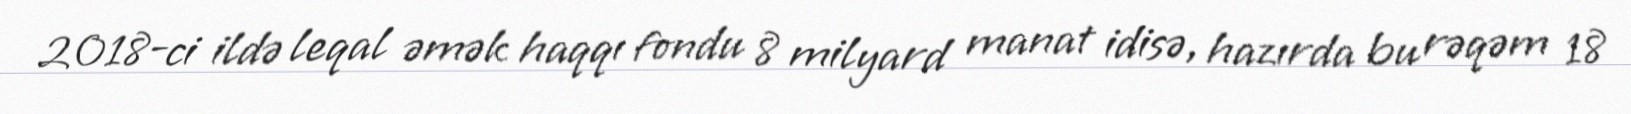
2018-ci ildə leqal əmək haqqı fondu 8 milyard manat idisə, hazırda bu rəqəm 18